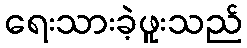
ရေးသားခဲ့ဖူးသည်